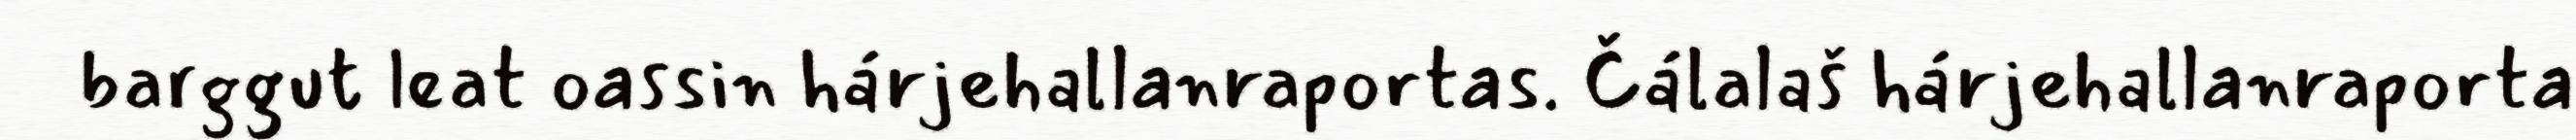
barggut leat oassin hárjehallanraportas. Čálalaš hárjehallanraporta